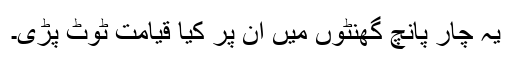
یہ چار پانچ گھنٹوں میں ان پر کیا قیامت ٹوٹ پڑی۔